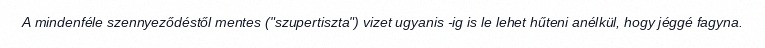
A mindenféle szennyeződéstől mentes ("szupertiszta") vizet ugyanis -ig is le lehet hűteni anélkül, hogy jéggé fagyna.